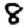
Digit: 8